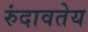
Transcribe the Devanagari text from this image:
रुंदावतेय